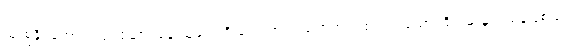
သုံးစွဲနိုင်အောင် လုပ်ဆောင်နေ သူများကို လေ့လာကြည့်ရာတွင် ထင်ရှားသောကြိုးပမ်းမှု တစ်ခုဖြစ်သည်။